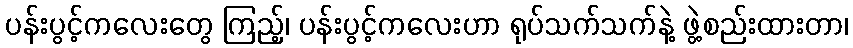
ပန်းပွင့်ကလေးတွေ ကြည့်၊ ပန်းပွင့်ကလေးဟာ ရုပ်သက်သက်နဲ့ ဖွဲ့စည်းထားတာ၊